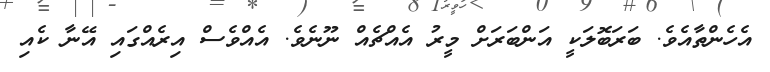
އެހެންތާއެވެ. ބަރަބޮލަކީ އަންބަރަށް މީރު އެއްޗެއް ނޫނެވެ. އެއްވެސް އިރެއްގައި އޭނާ ކެއި